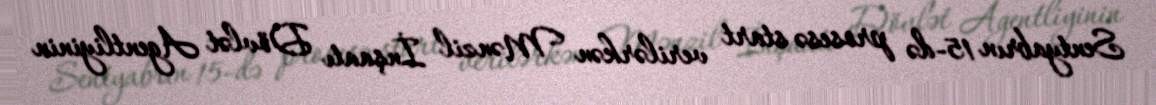
Sentyabrın 15-də prosesə start verilərkən Mənzil İnşaatı Dövlət Agentliyinin